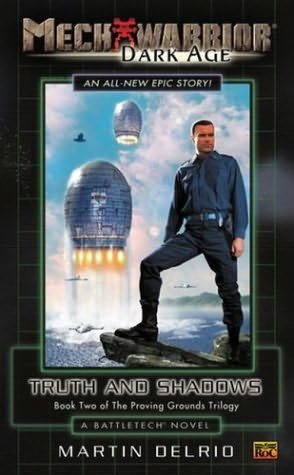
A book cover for MechWarrior: Dark Age Novel 5: Truth and Shadows; Martin Delrio; Science Fiction & Fantasy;